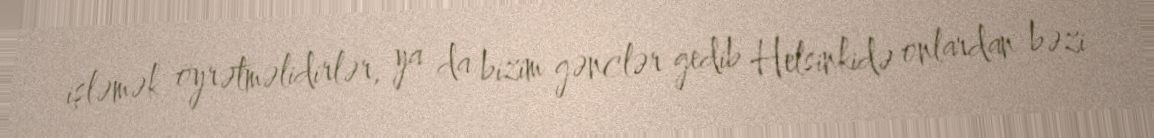
işləmək öyrətməlidirlər, ya da bizim gənclər gedib Helsinkidə onlardan bəzi